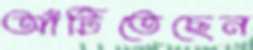
আঁটিতেছেন